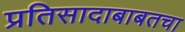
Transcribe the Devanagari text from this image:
प्रतिसादाबाबतचा